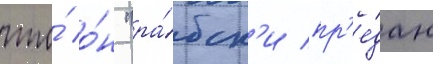
что́ о́н "ра́бск'и пр'е́дан